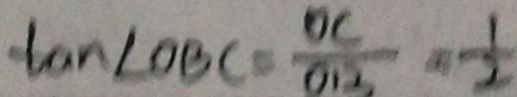
\tan \angle O B C = \frac { O C } { O B } = \frac { 1 } { 2 }